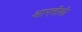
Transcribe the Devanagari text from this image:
आपत्तीशी